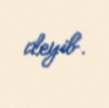
deyib.